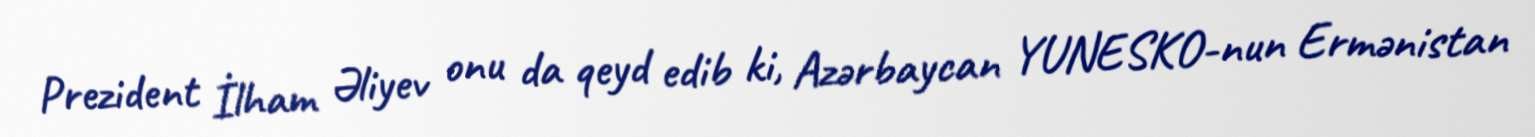
Prezident İlham Əliyev onu da qeyd edib ki, Azərbaycan YUNESKO-nun Ermənistan